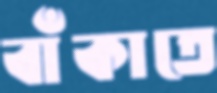
বাঁকাতে